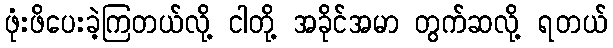
ဖုံးဖိပေးခဲ့ကြတယ်လို့ ငါတို့ အခိုင်အမာ တွက်ဆလို့ ရတယ်